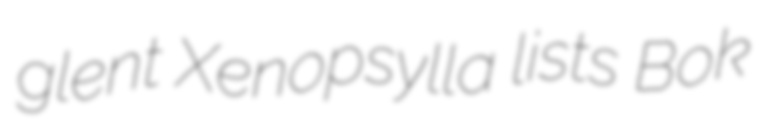
glent Xenopsylla lists Bok